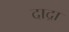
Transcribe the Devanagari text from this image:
दाद्रा